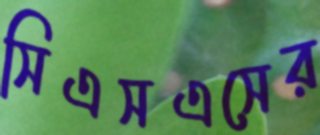
সিএসএসের